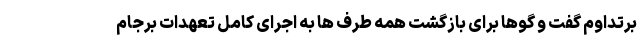
برتداوم گفت و گوها برای بازگشت همه طرف ها به اجرای کامل تعهدات برجام